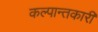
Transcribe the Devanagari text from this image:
कल्पान्तकारी